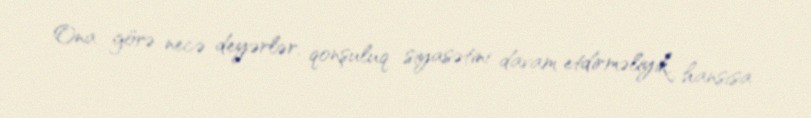
Ona görə necə deyərlər, qonşuluq siyasətini davam etdirməliyik, hansısa